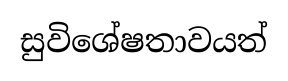
සුවිශේෂතාවයත්